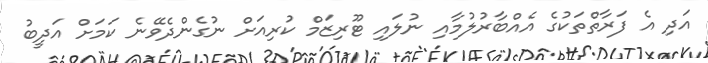
އަދި އެ ފަރާތްތަކުގެ އެއްބާރުލުމާއި ނުލައި ޓޫރިޒަމް ކުރިއަށް ނުގެންދެވޭނެ ކަމަށް އަދީބު